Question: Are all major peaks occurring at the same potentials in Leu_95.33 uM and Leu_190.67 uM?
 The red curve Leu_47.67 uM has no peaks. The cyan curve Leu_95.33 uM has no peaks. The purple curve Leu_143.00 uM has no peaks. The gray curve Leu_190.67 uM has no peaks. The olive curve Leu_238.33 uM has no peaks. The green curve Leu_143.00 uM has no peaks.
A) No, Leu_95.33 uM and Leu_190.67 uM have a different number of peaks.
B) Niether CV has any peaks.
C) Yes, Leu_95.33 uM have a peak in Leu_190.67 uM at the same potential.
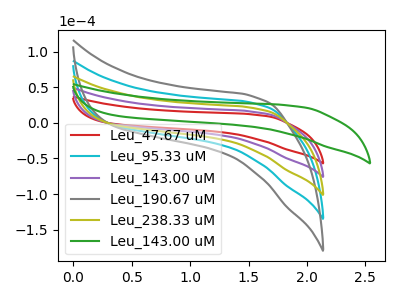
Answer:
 <answer>B) Niether CV has any peaks.</answer>
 <eval>B</eval>